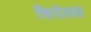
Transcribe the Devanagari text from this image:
चिरोलल